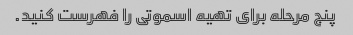
پنج مرحله برای تهیه اسموتی را فهرست کنید.